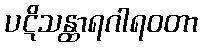
ပဋိသန္ထာရဂါရဝတာ